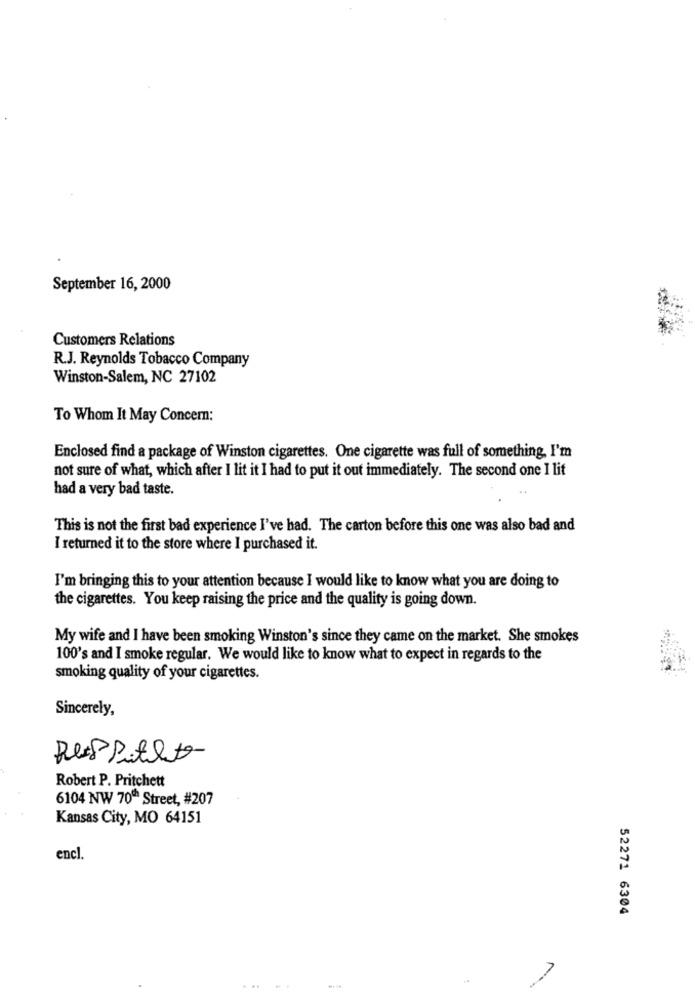
September 16, 2000
Customers Relations
R.J. Reynolds Tobacco Company
Winston-Salem, NC 27102
To Whom It May Concern:
Enclosed find a package of Winston cigarettes. One cigarette was full of something, I'm
not sure of what, which after I lit it I had to put it out immediately. The second one I lit
had a very bad taste.
This is not the first bad experience I've had. The carton before this one was also bad and
I returned it to the store where I purchased it.
I'm bringing this to your attention because I would like to know what you are doing to
the cigarettes. You keep raising the price and the quality is going down.
My wife and I have been smoking Winston's since they came on the market. She smokes
100's and I smoke regular. We would like to know what to expect in regards to the
smoking quality of your cigarettes.
Sincerely,
Robert P. Pritchett
6104 NW 70" Street, #207
Kansas City, MO 64151
encl.
52271 6304